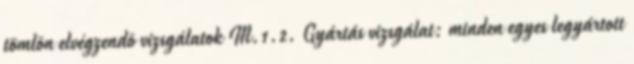
tömlõn elvégzendõ vizsgálatok M.1.2. Gyártás vizsgálat: minden egyes legyártott